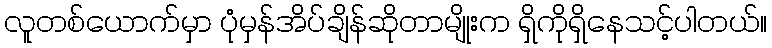
လူတစ်ယောက်မှာ ပုံမှန်အိပ်ချိန်ဆိုတာမျိုးက ရှိကိုရှိနေသင့်ပါတယ်။